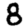
Digit: 8